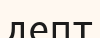
депт